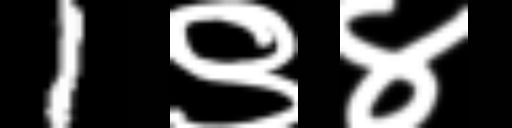
Text: 1९४